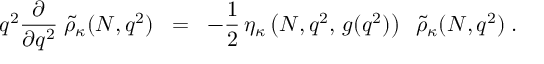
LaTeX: q ^ { 2 } \frac { \partial } { \partial q ^ { 2 } } \; \widetilde { \rho } _ { \kappa } ( N , q ^ { 2 } ) \; \; = \; \; - \frac { 1 } { 2 } \, \eta _ { \kappa } \left( N , q ^ { 2 } , \, g ( q ^ { 2 } ) \right) \; \; \widetilde { \rho } _ { \kappa } ( N , q ^ { 2 } ) \; .